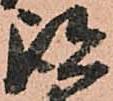
跡